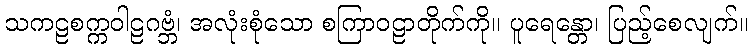
သကဠစက္ကဝါဠဂဗ္ဘံ၊ အလုံးစုံသော စကြာဝဠာတိုက်ကို။ ပူရေန္တော၊ ပြည့်စေလျက်။